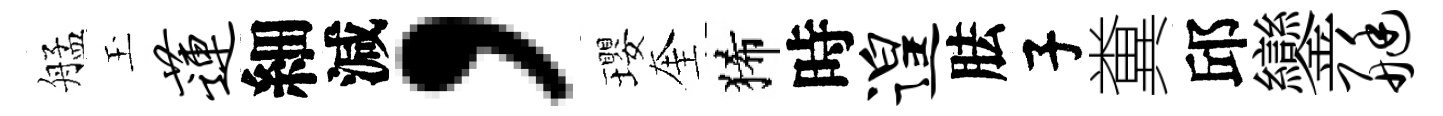
艋玉莲細減，瓔奎狶時遑胠子糞邱鑾艇